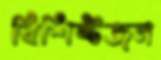
বিশিষ্টজন